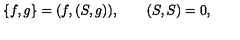
\{ f , g \} = ( f , ( S , g ) ) , \qquad ( S , S ) = 0 ,